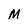
Character: M